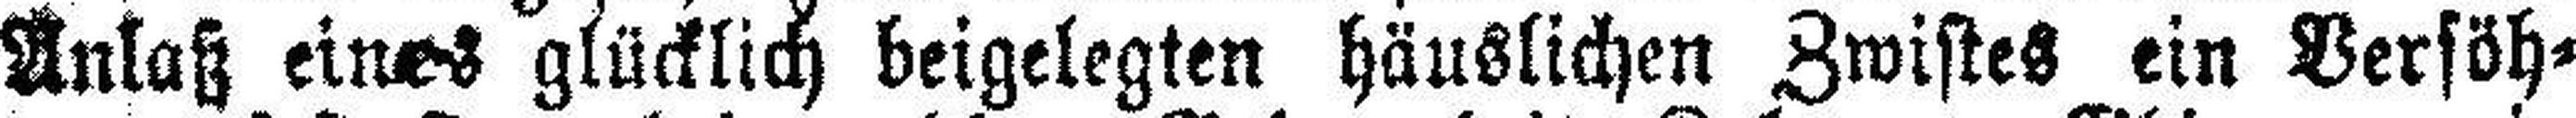
Anlaß eines glücklich beigelegten häuslichen Zwistes ein Versöh¬